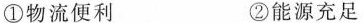
①物流便利 ②能源充足